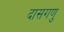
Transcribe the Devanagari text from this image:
दासगणु